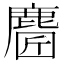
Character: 𪊼